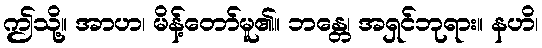
ဤသို့။ အာဟ၊ မိန့်တော်မူ၏။ ဘန္တေ၊ အရှင်ဘုရား။ နဟိ၊